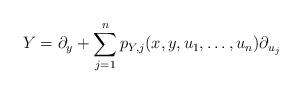
LaTeX: \begin{align*}Y = \partial_y + \sum_{j=1}^{n} p_{Y, j}(x, y, u_1, \dots, u_n) \partial_{u_j}\end{align*}